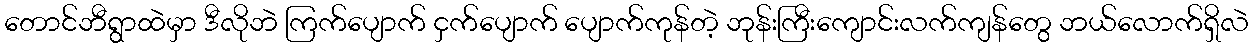
တောင်ဘီရွာထဲမှာ ဒီလိုဘဲ ကြက်ပျောက် ငှက်ပျောက် ပျောက်ကုန်တဲ့ ဘုန်းကြီးကျောင်းလက်ကျန်တွေ ဘယ်လောက်ရှိလဲ